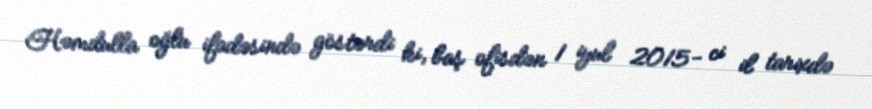
Həmdulla oğlu ifadəsində göstərdi ki, baş ofisdən 1 iyul 2015- ci il tarixdə